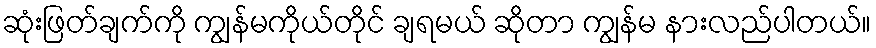
ဆုံးဖြတ်ချက်ကို ကျွန်မကိုယ်တိုင် ချရမယ် ဆိုတာ ကျွန်မ နားလည်ပါတယ်။